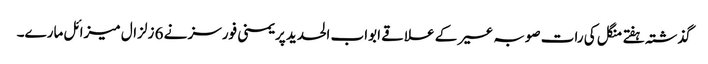
گذشتہ ہفتے منگل کی رات صوبہ عسیر کے علاقے ابواب الحدید پر یمنی فورسز نے 6 زلزال میزائل مارے۔